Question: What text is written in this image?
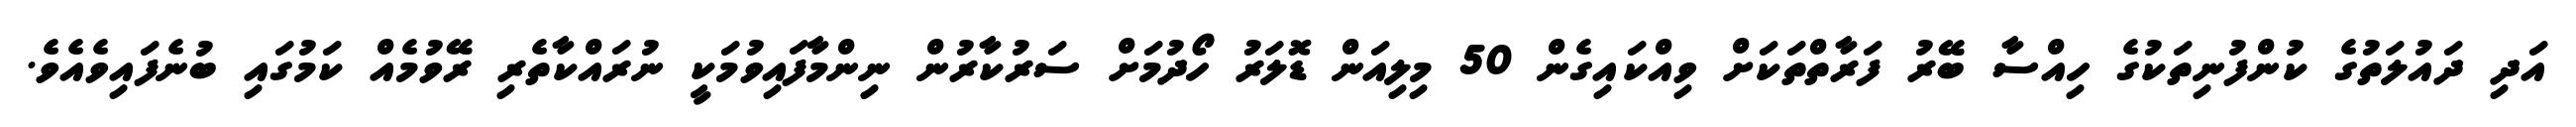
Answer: އަދި ދައުލަތުގެ ކުންފުނިތަކުގެ ހިއްސާ ބޭރު ފަރާތްތަކަށް ވިއްކައިގެން 50 މިލިއަން ޑޮލަރު ހޯދުމަށް ސަރުކާރުން ނިންމާފައިވުމަކީ ނުރައްކާތެރި ރޭވުމެއް ކަމުގައި ބުނެފައިވެއެވެ.